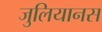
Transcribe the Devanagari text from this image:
जुलियानस